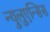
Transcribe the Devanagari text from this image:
न्युलुएन्सिस